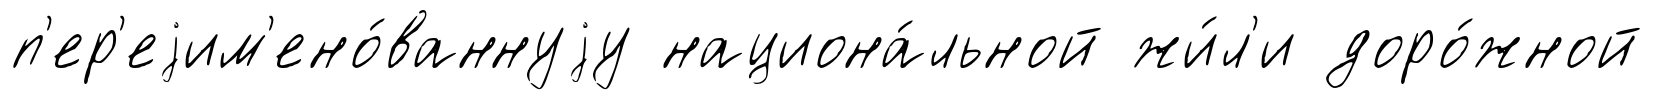
п'ер'еjим'ено́ваннуjу национа́льной жи́л'и доро́жной